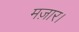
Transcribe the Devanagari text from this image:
मज़ार।